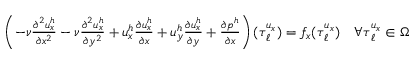
\begin{array} { r } { \left( - \nu \frac { \partial ^ { 2 } u _ { x } ^ { h } } { \partial x ^ { 2 } } - \nu \frac { \partial ^ { 2 } u _ { x } ^ { h } } { \partial y ^ { 2 } } + u _ { x } ^ { h } \frac { \partial u _ { x } ^ { h } } { \partial x } + u _ { y } ^ { h } \frac { \partial u _ { x } ^ { h } } { \partial y } + \frac { \partial p ^ { h } } { \partial x } \right) ( \boldsymbol { \tau } _ { \ell } ^ { u _ { x } } ) = f _ { x } ( \boldsymbol { \tau } _ { \ell } ^ { u _ { x } } ) \quad \forall \boldsymbol { \tau } _ { \ell } ^ { u _ { x } } \in \Omega } \end{array}